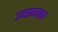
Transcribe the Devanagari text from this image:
उत्साहवाक्य